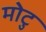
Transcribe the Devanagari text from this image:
मोटु